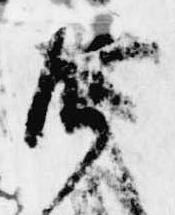
御